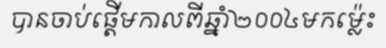
បានចាប់ផ្តើមកាលពីឆ្នាំ២០០៤មកម្ល៉េះ